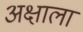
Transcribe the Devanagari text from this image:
अक्षाला